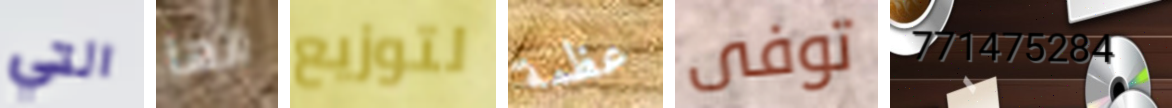
التي انها لتوزيع عظمة توفى 771475284